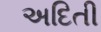
અદિતી